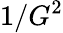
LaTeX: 1/{G}^{2}